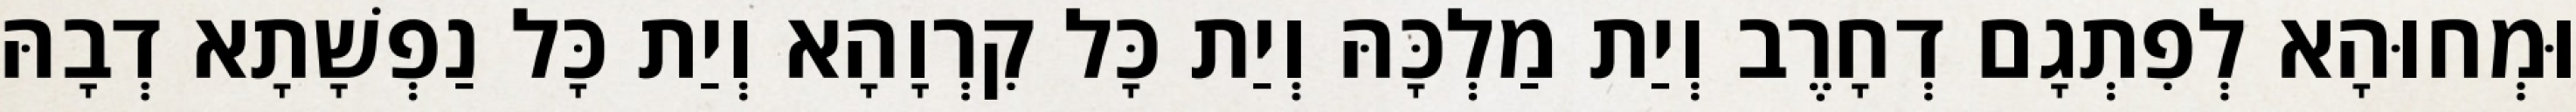
וּמְחוּהָא לְפִתְגָם דְחָרֶב וְיַת מַלְכָּהּ וְיַת כָּל קִרְוָהָא וְיַת כָּל נַפְשָׁתָא דְבָהּ